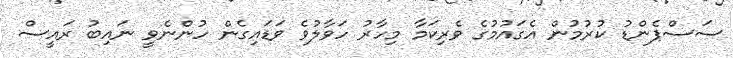
ސަސްޕެންޑު ކުރުމުން އެގައުމުގެ ވެރިކަމާ މިހާރު ހަވާލުވެ ވަޑައިގެން ހުންނެވީ ނައިބު ރައީސް